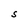
Character: S